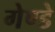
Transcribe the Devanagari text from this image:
गेण्डे